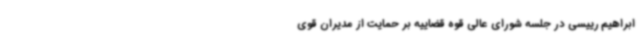
ابراهیم رییسی در جلسه شورای عالی قوه قضاییه بر حمایت از مدیران قوی